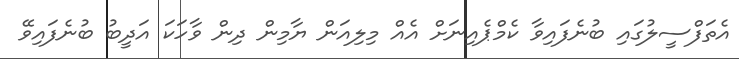
އެތަފްސީލުގައި ބުނެފައިވާ ކެމްޕެއިނަށް އެއް މިލިއަން ޔާމިން ދިން ވާހަކަ އަދީބު ބުނެފައިވޭ